Report of the Municipal Commissioner on the plague in Bombay for the year ending 31st May... - Volume 1
Disease focus: Plague
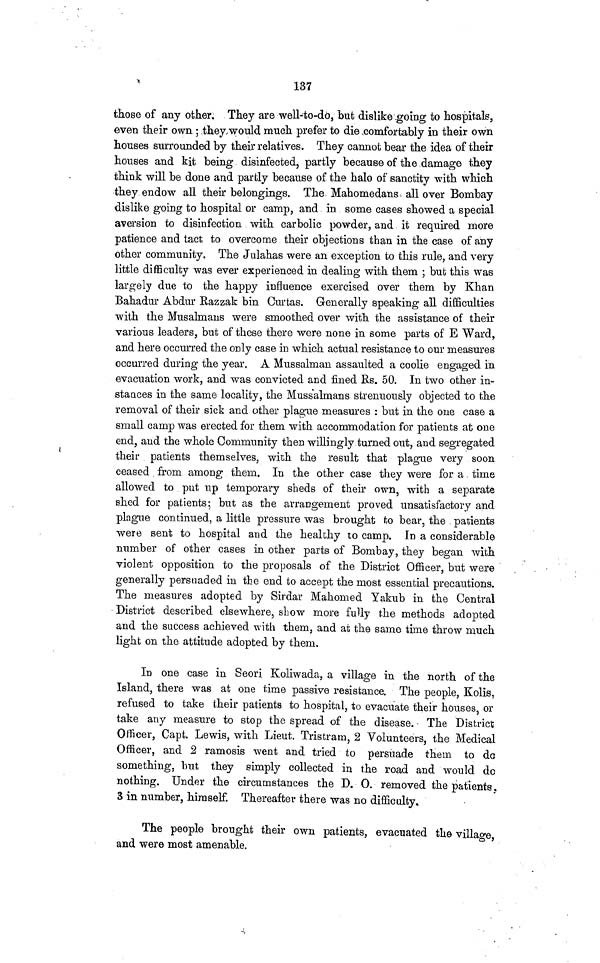
137
those of any other. They are well-to-do, but dislike going to hospitals,
even their own ; they would much prefer to die comfortably in their own
houses surrounded by their relatives. They cannot bear the idea of their
houses and kit being disinfected, partly because of the damage they
think will be done and partly because of the halo of sanctity with which
they endow all their belongings. The Mahomedans all over Bombay
dislike going to hospital or camp, and in some cases showed a special
aversion to disinfection with carbolic powder, and it required more
patience and tact to overcome their objections than in the case of any
other community. The Julahas were an exception to this rule, and very
little difficulty was ever experienced in dealing with them ; but this was
largely due to the happy influence exercised over them by Khan
Bahadur Abdur Eazzak bin Curtas. Generally speaking all difficulties
with the Musalmans were smoothed over with the assistance of their
various leaders, but of these there were none in some parts of E Ward,
and here occurred the only case in which actual resistance to our measures
occurred during the year, A Mussalman assaulted a coolie engaged in
evacuation work, and was convicted and fined Bs. 50. In two other in-
stances in the same locality, the Mussalman s strenuously objected to the
removal of their sick and other plague measures : but in the one case a
small camp was erected for them with accommodation for patients at one
end, and the whole Community then willingly turned out, and segregated
their patients themselves, with the result that plague very soon
ceased from among them. In the other case they were for a time
allowed to put up temporary sheds of their own, with a separate
shed for patients; but as the arrangement proved unsatisfactory and
plague continued, a little pressure was brought to bear, the patients
were sent to hospital and the healthy to camp. In a considerable
number of other cases in other parts of Bombay, they began with
violent opposition to the proposals of the District Officer, but were
generally persuaded in the end to accept the most essential precautions.
The measures adopted by Sirdar Mahomed Yakub in the Central
District described elsewhere, show more fully the methods adopted
and the success achieved with them, and at the same time throw much
light on the attitude adopted by them.
In one case in Seori Koliwada, a village in the north of the
Island, there was at one time passive resistance. The people, Kolis,
refused to take their patients to hospital, to evacuate their houses, or
take any measure to stop the spread of the disease. The District
Officer, Capt. Lewis, with Lieut. Tristram, 2 Volunteers, the Medical
Officer, and 2 ramosis went and tried to persuade them to do
something, but they simply collected in the road and would do
nothing. Under the circumstances the D. 0. removed the patients.
3 in number, himself. Thereafter there was no difficulty.
The people brought their own patients, evacuated the village,
and were most amenable.